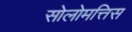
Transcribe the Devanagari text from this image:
सोलोमत्तिस